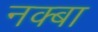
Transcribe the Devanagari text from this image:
नक्बा